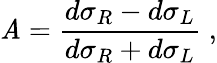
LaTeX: \mathit{A}=\frac{{d\sigma_{R}-d\sigma_{L}}}{{d\sigma_{R}+d\sigma_{L}}}\; ,